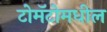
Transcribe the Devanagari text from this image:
टोमॅटोमधील